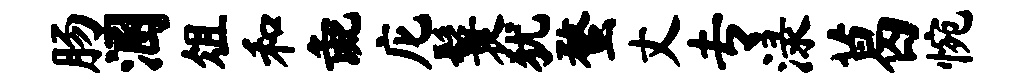
肠溷俎和彘庀鬟犹蝥丈专渌葛惋